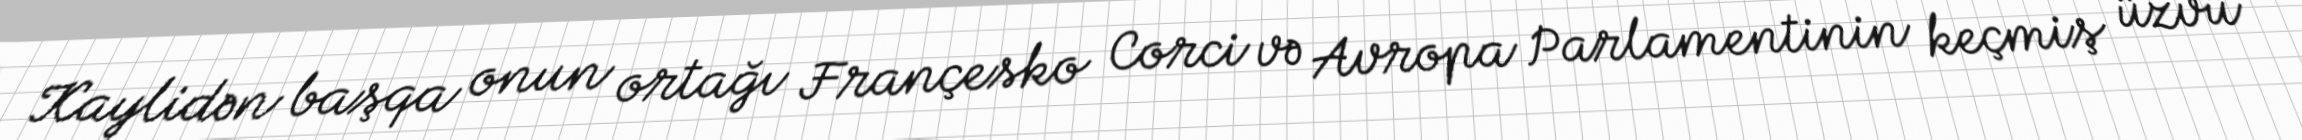
Kaylidən başqa onun ortağı Françesko Corci və Avropa Parlamentinin keçmiş üzvü